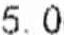
5.0